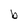
Character: b